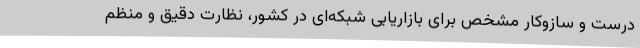
درست و سازوکار مشخص برای بازاریابی شبکه‌ای در کشور، نظارت دقیق و منظم